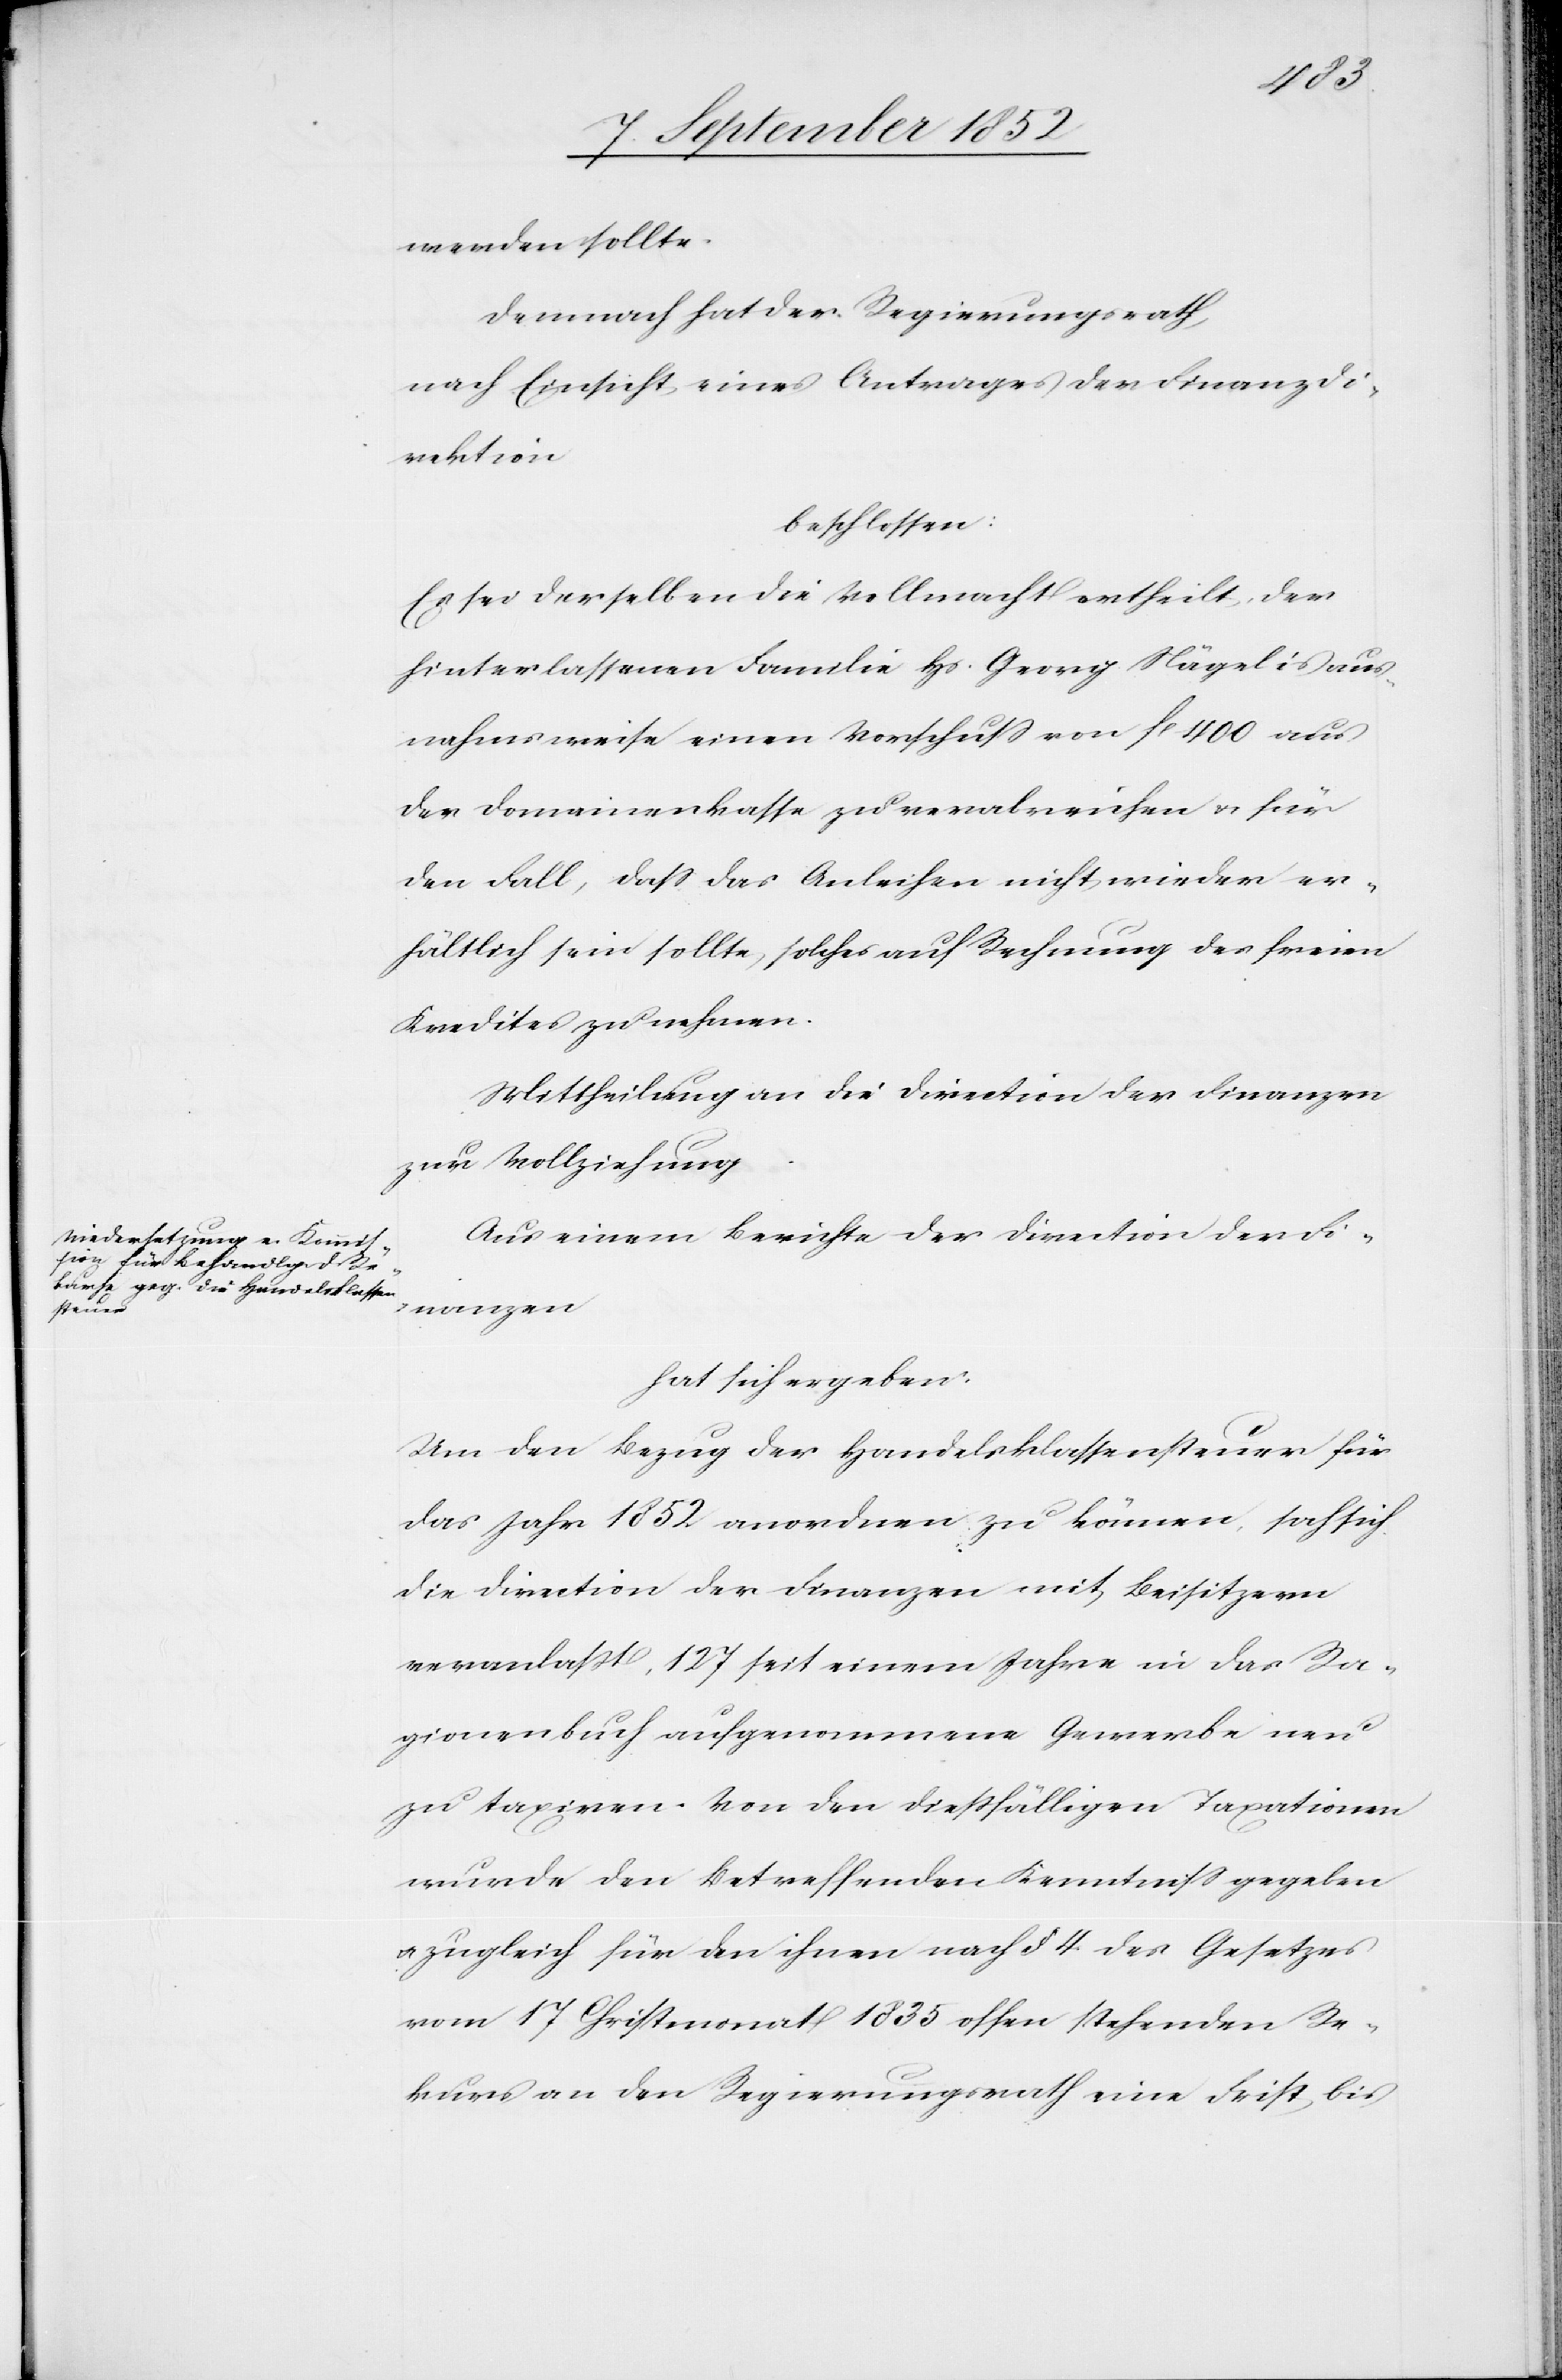
werden sollte.
Demnach hat der Regierungsrath,
nach Einsicht eines Antrages der Finanzdi¬
rektion
beschlossen:
Es sei derselben die Vollmacht ertheilt, der
hinterlassenen Familie Hs. Georg Nägelis aus¬
nahmsweise einen Vorschuss von fl 400 aus
der Domainenkasse zu verabreichen & für
den Fall, dass das Anleihen nicht wieder er¬
hältlich sein sollte, solches auf Rechnung des freien
Kredites zu nehmen.
Mittheilung an die Direction der Finanzen
zur Vollziehung.
Aus einem Berichte der Direction der Fi¬
nanzen
hat sich ergeben:
Um den Bezug der Handelsklassensteuer für
das Jahr 1852 anordnen zu können, sah sich
die Direction der Finanzen mit Beisitzern
veranlaßt, 127 seit einem Jahre in das Ra¬
gionenbuch aufgenommene Gewerbe neu
zu taxiren. Von den diessfälligen Taxationen
wurde den Betreffenden Kenntniss gegeben
& zugleich für den ihnen nach § 4. des Gesetzes
vom 17 Christmonat 1835 offen stehenden Re¬
kurs an den Regierungsrath eine Frist bis